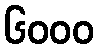
၆၀၀၀